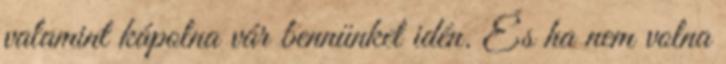
valamint kápolna vár bennünket idén. És ha nem volna